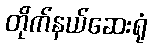
တိုက်နယ်ဆေးရုံ